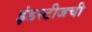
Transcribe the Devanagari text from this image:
इंडस्टीजची